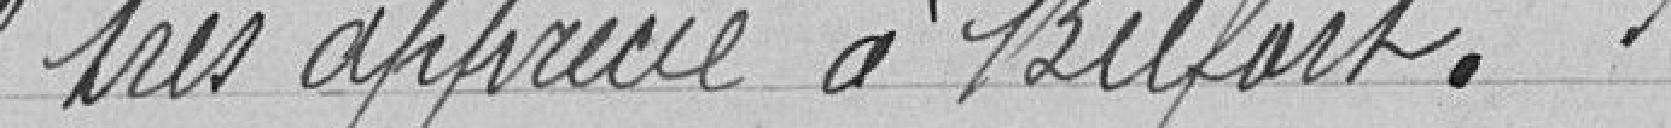
très apprécié à Belfort.